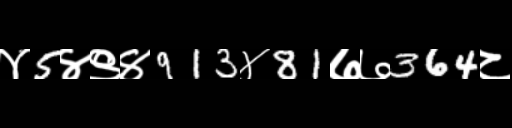
Text: ४5४९४913४81७७364८